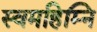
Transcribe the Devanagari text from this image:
स्वमहिम्नि